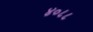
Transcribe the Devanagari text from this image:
४०८८